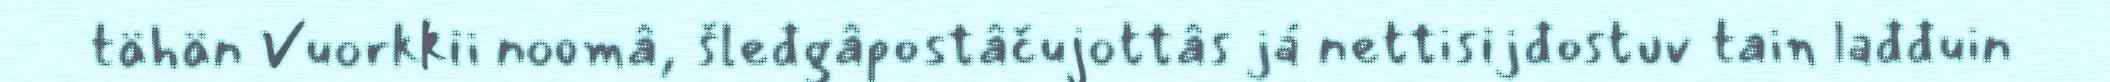
tähän Vuorkkii noomâ, šleđgâpostâčujottâs já nettisijđostuv tain lađđuin